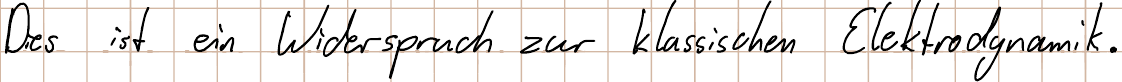
Dies ist ein Widerspruch zur klassischen Elektrodynamik.